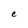
Character: C